Annual report on the mental hospital in the Central Provinces and Berar (Nagpur) - 1927-1951
Year: 1927
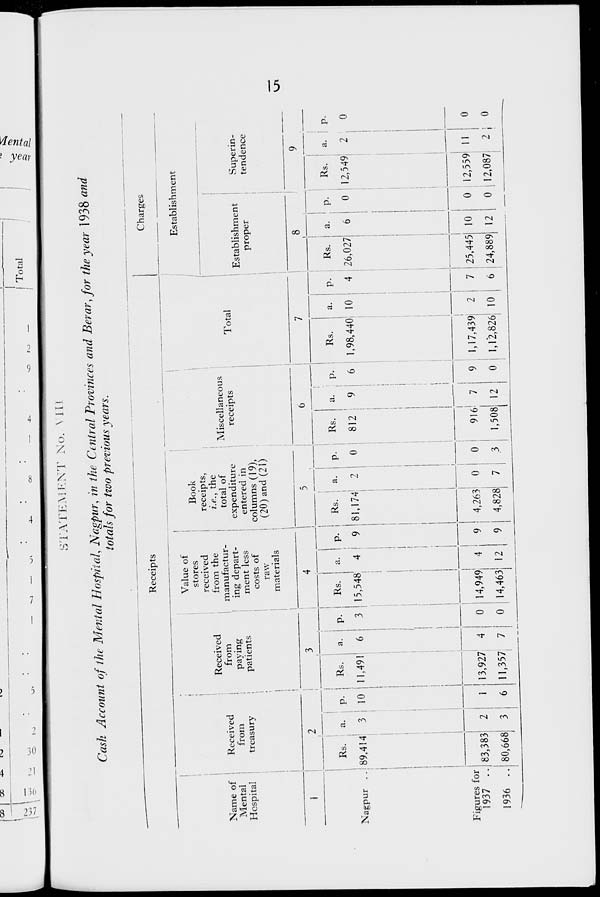
15
STATEMENT No. VIII
Cash Account of the Mental Hospital, Nagpur, in the Central Provinces and Berar, for the year 1938 and
totals for two previous years.
Receipts
Name of
Mental
Hospital
1
Nagpur ..
Figures for
1937 ..
1936 ..
Received
from
treasury
2
Rs.
89,414
83,383
80,668
a.
3
2
3
p.
10
1
6
Received
from
paying
patients
3
Rs.
11,491
13,927
11,357
a.
6
4
7
p.
3
0
0
Value of
stores
received
from the
manufactur¬
ing depart¬
ment less
costs of
raw
materials
4
Rs.
15,548
14,949
14,463
a.
4
4
12
p.
9
9
9
Book
receipts,
i.e., the
total of
expenditure
entered in
columns (19),
(20) and (21)
5
Rs.
81,174
4,263
4,828
a.
2
0
7
p.
0
0
3
Miscellaneous
receipts
6
Rs.
812
916
1,508
a.
9
7
12
p.
6
9
0
Total
7
Rs.
1,98,440
1,17,439
1,12,826
a.
10
2
10
p.
4
7
6
Charges
Establishment
Establishment
proper
8
Rs.
26,027
25,445
24,889
a.
6
10
12
p.
0
0
0
Superin¬
tendence
9
Rs.
12,549
12,559
12,087
a.
2
11
2
p.
0
0
0